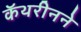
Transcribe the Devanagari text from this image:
कॅथरीनने